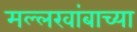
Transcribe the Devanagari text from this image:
मल्लखांबाच्या